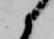
候